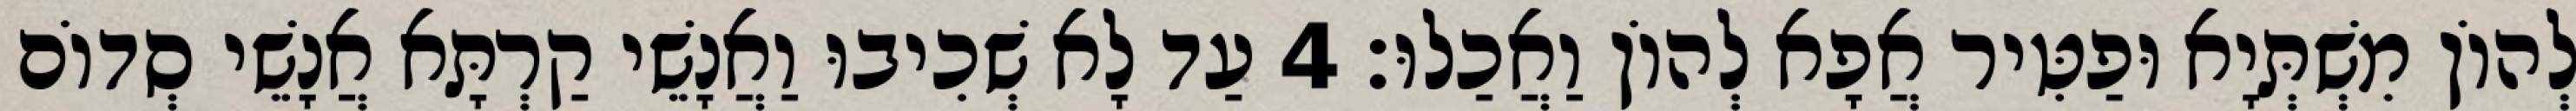
לְהוֹן מִשְׁתְּיָא וּפַטִּיר אֲפָא לְהוֹן וַאֲכַלוּ׃ 4 עַד לָא שְׁכִיבוּ וַאֲנָשֵׁי קַרְתָּא אֲנָשֵׁי סְדוֹם